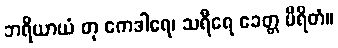
ဘရိယာယံ တု ကေဒါရေ၊ သရီရေ ခေတ္တ မီရိတံ။